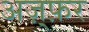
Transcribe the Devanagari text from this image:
अज़्फ़र